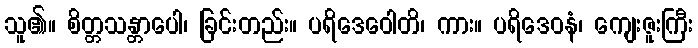
သူ၏။ စိတ္တသန္တာပေါ၊ ခြင်းတည်း။ ပရိဒေဝေါတိ၊ ကား။ ပရိဒေဝနံ၊ ကျေးဇူးကြီး